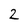
Character: 2